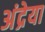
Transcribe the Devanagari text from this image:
अंद्रेया